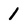
Character: 1